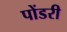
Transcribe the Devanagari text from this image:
पोंडरी